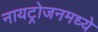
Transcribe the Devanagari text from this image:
नायट्रोजनमध्ये